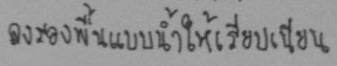
ลงรองพื้นแบบน้ำให้เรียบเนียน